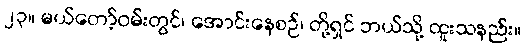
၂၃။ မယ်တော့်ဝမ်းတွင်၊ အောင်းနေစဉ်၊ တို့ရှင် ဘယ်သို့ ထူးသနည်း။